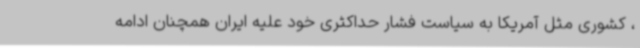
، کشوری مثل آمریکا به سیاست فشار حداکثری خود علیه ایران همچنان ادامه